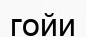
гойи